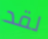
لقد